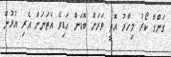
ގަންގާ ކޯރު މިހާރު އޮތީ ވަރަށް ބޮޑަށް ހަޑިވެ އެތަނަށް އެރި އުޅުން